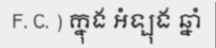
F. C. ) ក្នុង អំឡុង ឆ្នាំ